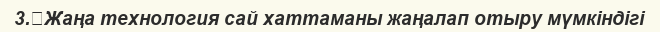
3.	Жаңа технология сай хаттаманы жаңалап отыру мүмкіндігі